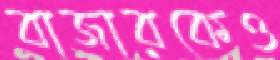
বাজারকেও